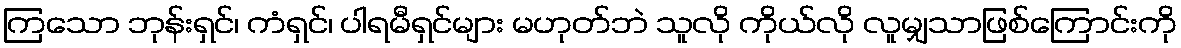
ကြသော ဘုန်းရှင်၊ ကံရှင်၊ ပါရမီရှင်များ မဟုတ်ဘဲ သူလို ကိုယ်လို လူမျှသာဖြစ်ကြောင်းကို